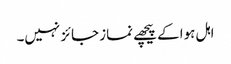
اہل ہوا کے پیچھے نماز جائز نہیں۔